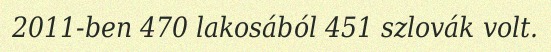
2011-ben 470 lakosából 451 szlovák volt.